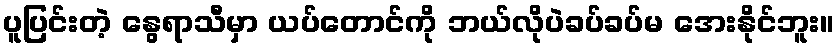
ပူပြင်းတဲ့ နွေရာသီမှာ ယပ်တောင်ကို ဘယ်လိုပဲခပ်ခပ်မ အေးနိုင်ဘူး။